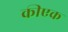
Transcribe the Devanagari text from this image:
कीएक